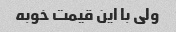
ولی با این قیمت خوبه